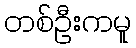
တစ်ဦးကမူ